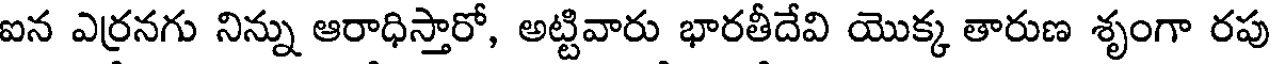
ఐన ఎర్రనగు నిన్ను ఆరాధిస్తారో, అట్టివారు భారతీదేవి యొక్క తారుణ శృంగా రపు